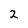
Character: 2